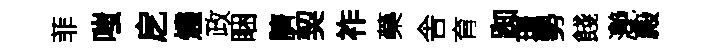
菲嗤戹燼政睏臍契祚藥舎育踟璟勢餞灔殿